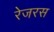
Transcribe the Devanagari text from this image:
रेजरस